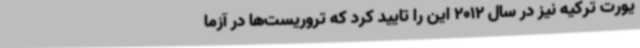
یورت ترکیه نیز در سال 2012 این را تایید کرد که تروریست‌ها در آزما